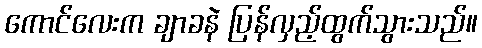
ကောင်လေးက ချာခနဲ ပြန်လှည့်ထွက်သွားသည်။